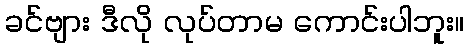
ခင်ဗျား ဒီလို လုပ်တာမ ကောင်းပါဘူး။